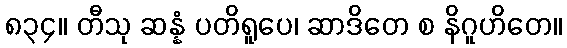
၈၃၄။ တီသု ဆန္နံ ပတိရူပေ၊ ဆာဒိတေ စ နိဂူဟိတေ။